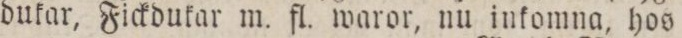
dukar, Fickdukar m. fl. waror, nu inkomna, hos